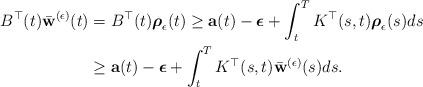
LaTeX: \begin{align*}B^{\top}(t)\bar{\bf w}^{(\epsilon)}(t)& =B^{\top}(t)\mbox{\boldmath $\rho$}_{\epsilon}(t)\geq {\bf a}(t)-\mbox{\boldmath $\epsilon$}+\int_{t}^{T} K^{\top}(s,t)\mbox{\boldmath $\rho$}_{\epsilon}(s)ds\\& \geq {\bf a}(t)-\mbox{\boldmath $\epsilon$}+\int_{t}^{T} K^{\top}(s,t)\bar{\bf w}^{(\epsilon)}(s)ds.\end{align*}